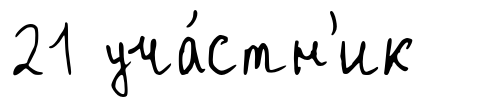
21 уча́стн'ик